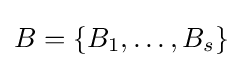
B=\{B_{1},\ldots ,B_{s}\}